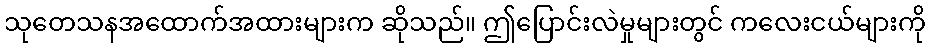
သုတေသနအထောက်အထားများက ဆိုသည်။ ဤပြောင်းလဲမှုများတွင် ကလေးငယ်များကို